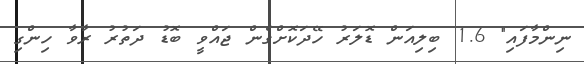
ނިންމާފައި" 1.6 ބިލިއަން ޑޮލަރު ހޭދަކޮށްގެން ޖައްވީ ބޮޑު ދަތުރު ރާވާ ހިންގި